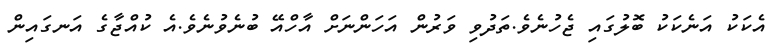
އެކަކު އަނެކަކު ބޮލުގައި ޖެހުނެވެ.ތަދުވި ވަރުން އަހަންނަށް އާހްއޭ ބުނެވުނެވެ.އެ ކުއްޖާގެ އަނގައިން